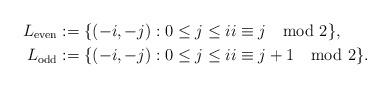
LaTeX: \begin{align*}L_{{\operatorname{even}}}&:=\{(-i,-j): 0 \le j \le i i \equiv j \mod 2\},\\L_{{\operatorname{odd}}}&:=\{(-i,-j): 0 \le j \le i i \equiv j+1 \mod 2\}. \end{align*}